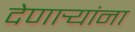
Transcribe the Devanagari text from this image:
देणार्‍यांना